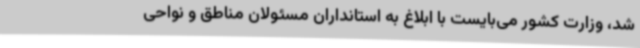
شد، وزارت کشور می‌بایست با ابلاغ به استانداران مسئولان مناطق و نواحی